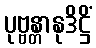
ပုဗ္ဗန္တာနုဒိဋ္ဌိံ